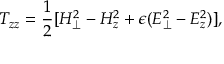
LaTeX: T _ { z z } = { \frac { 1 } { 2 } } [ H _ { \perp } ^ { 2 } - H _ { z } ^ { 2 } + \epsilon ( E _ { \perp } ^ { 2 } - E _ { z } ^ { 2 } ) ] ,